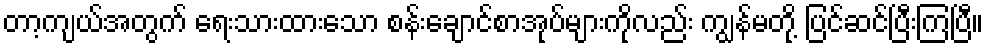
တာ့ကျယ်အတွက် ရေးသားထားသော စန်းချောင်စာအုပ်များကိုလည်း ကျွန်မတို့ ပြင်ဆင်ပြီးကြပြီ။